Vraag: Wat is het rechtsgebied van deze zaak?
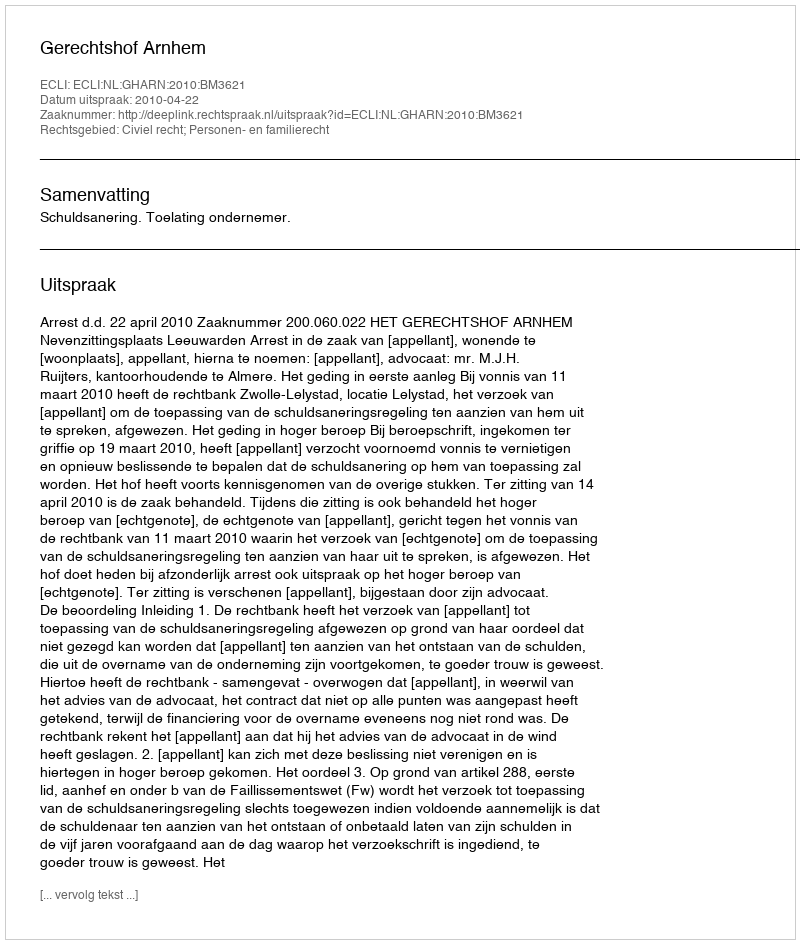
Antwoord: Civiel recht; Personen- en familierecht